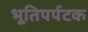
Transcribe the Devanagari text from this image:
भूतिपर्पटक